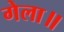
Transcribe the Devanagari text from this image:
गेला॥